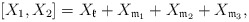
\begin{align*}[X_1,X_2]=X_{\frak{k}}+X_{\frak{m}_1}+X_{\frak{m}_2}+X_{\frak{m}_3},\end{align*}